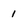
Character: 1